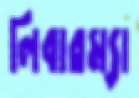
লিবারম্যা